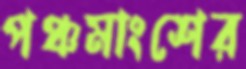
পঞ্চমাংশের